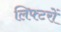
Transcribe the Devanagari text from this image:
लिफ्टरों